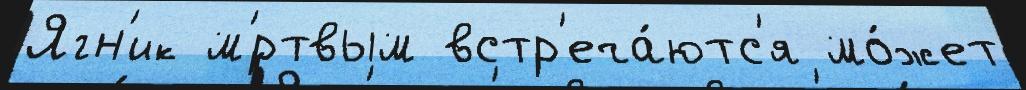
Ягн'ик м'́ртвым встр'еча́ютс'я мо́жет